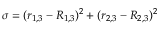
\sigma = ( r _ { 1 , 3 } - R _ { 1 , 3 } ) ^ { 2 } + ( r _ { 2 , 3 } - R _ { 2 , 3 } ) ^ { 2 }